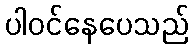
ပါဝင်နေပေသည်